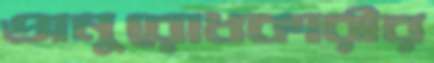
অনুরোধকারীর